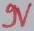
Text: N